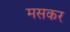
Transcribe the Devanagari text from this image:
मसकर